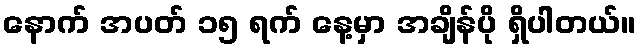
နောက် အပတ် ၁၅ ရက် နေ့မှာ အချိန်ပို ရှိပါတယ်။